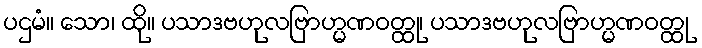
ပဌမံ။ သော၊ ထို။ ပသာဒဗဟုလဗြာဟ္မဏဝတ္ထု၊ ပသာဒဗဟုလဗြာဟ္မဏဝတ္ထု